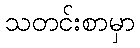
သတင်းစာမှာ